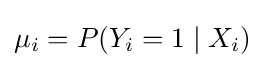
\mu _{i}=P(Y_{i}=1\mid X_{i})